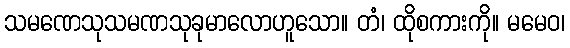
သမဏေသုသမဏသုခုမာလောဟူသော။ တံ၊ ထိုစကားကို။ မမေဝ၊